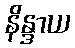
နိန္ဒာယ